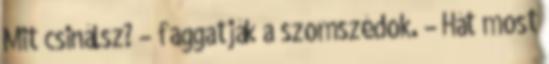
Mit csinálsz? – faggatják a szomszédok. – Hát most